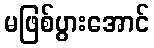
မဖြစ်ပွားအောင်